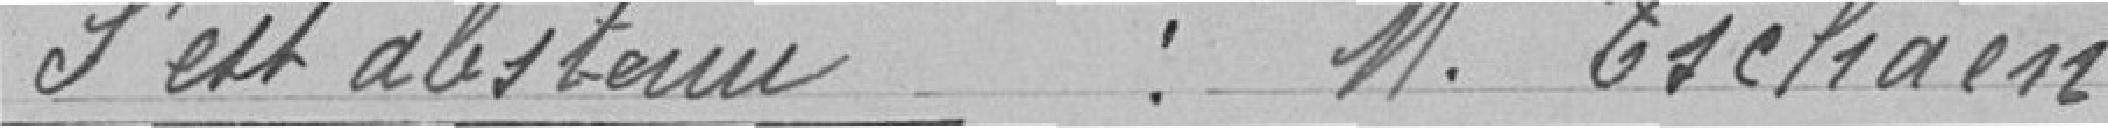
S'est abstenu : M. I